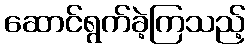
ဆောင်ရွက်ခဲ့ကြသည့်